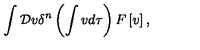
\int { \cal D } v \delta ^ { n } \left( \int v d \tau \right) F \left[ v \right] ,